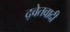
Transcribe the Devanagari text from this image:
द्वेतवादी